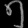
Digit: ၅